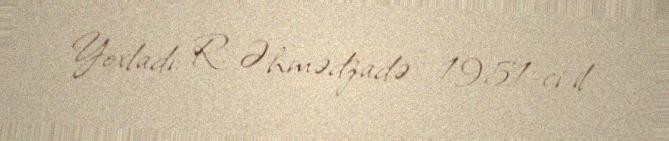
Yoxladı: R. Əhmədzadə - 1951-ci il